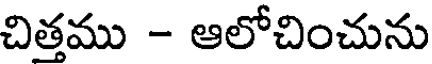
చిత్తము - ఆలోచించును